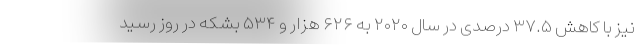
نیز با کاهش ۳۷.۵ درصدی در سال ۲۰۲۰ به ۶۲۶ هزار و ۵۳۴ بشکه در روز رسید